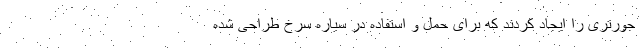
جورتری را ایجاد کردند که برای حمل و استفاده در سیاره سرخ طراحی شده